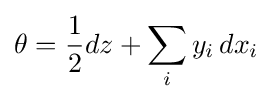
\theta ={\frac {1}{2}}dz+\sum _{i}y_{i}\,dx_{i}